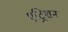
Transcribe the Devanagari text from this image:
एट्रिशन